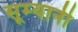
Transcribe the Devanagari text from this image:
सूम्‍यानी